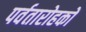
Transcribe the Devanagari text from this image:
पर्वतारोहकों